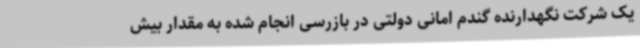
یک شرکت نگهدارنده گندم امانی دولتی در بازرسی انجام شده به مقدار بیش